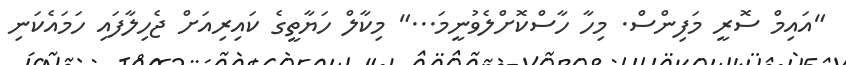
"އައިމް ސޮރީ މަފިންސް. މިހާ ހާސްކޮށްލެވުނީމަ..." މިކާލް ހަޔާތީގެ ކައިރިއަށް ޖެހިލާފައި ހަމައެކަނި